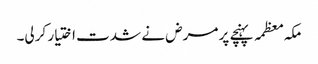
مکہ معظمہ پہنچے پر مرض نے شدت اختیار کرلی۔